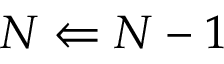
N \Leftarrow N - 1